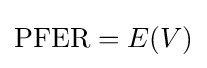
\mathrm {PFER} =E(V)